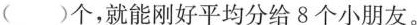
（ ）个，就能刚好平均分给8个小朋友。